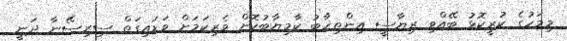
މިމަހުގެ ކުރީކޮޅު ބޭއްވި ރިޔާސީ އިންތިޚާބު ކާމިޔާބުކޮށް ވެރިކަމަށް ވަޑައިގަތް ސިރިސޭނާ ދަނީ